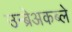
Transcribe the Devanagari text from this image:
उन्ब्रेअकब्ले